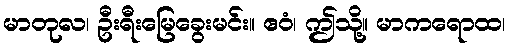
မာတုလ၊ ဦးရီးမြေခွေးမင်း။ ဧဝံ၊ ဤသို့။ မာကရောထ၊